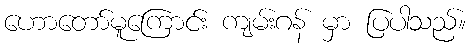
ဟောတော်မူကြောင်း ကျမ်းဂန် မှာ ပြပါသည်။